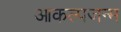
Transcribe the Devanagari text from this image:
आकल्पजन्म